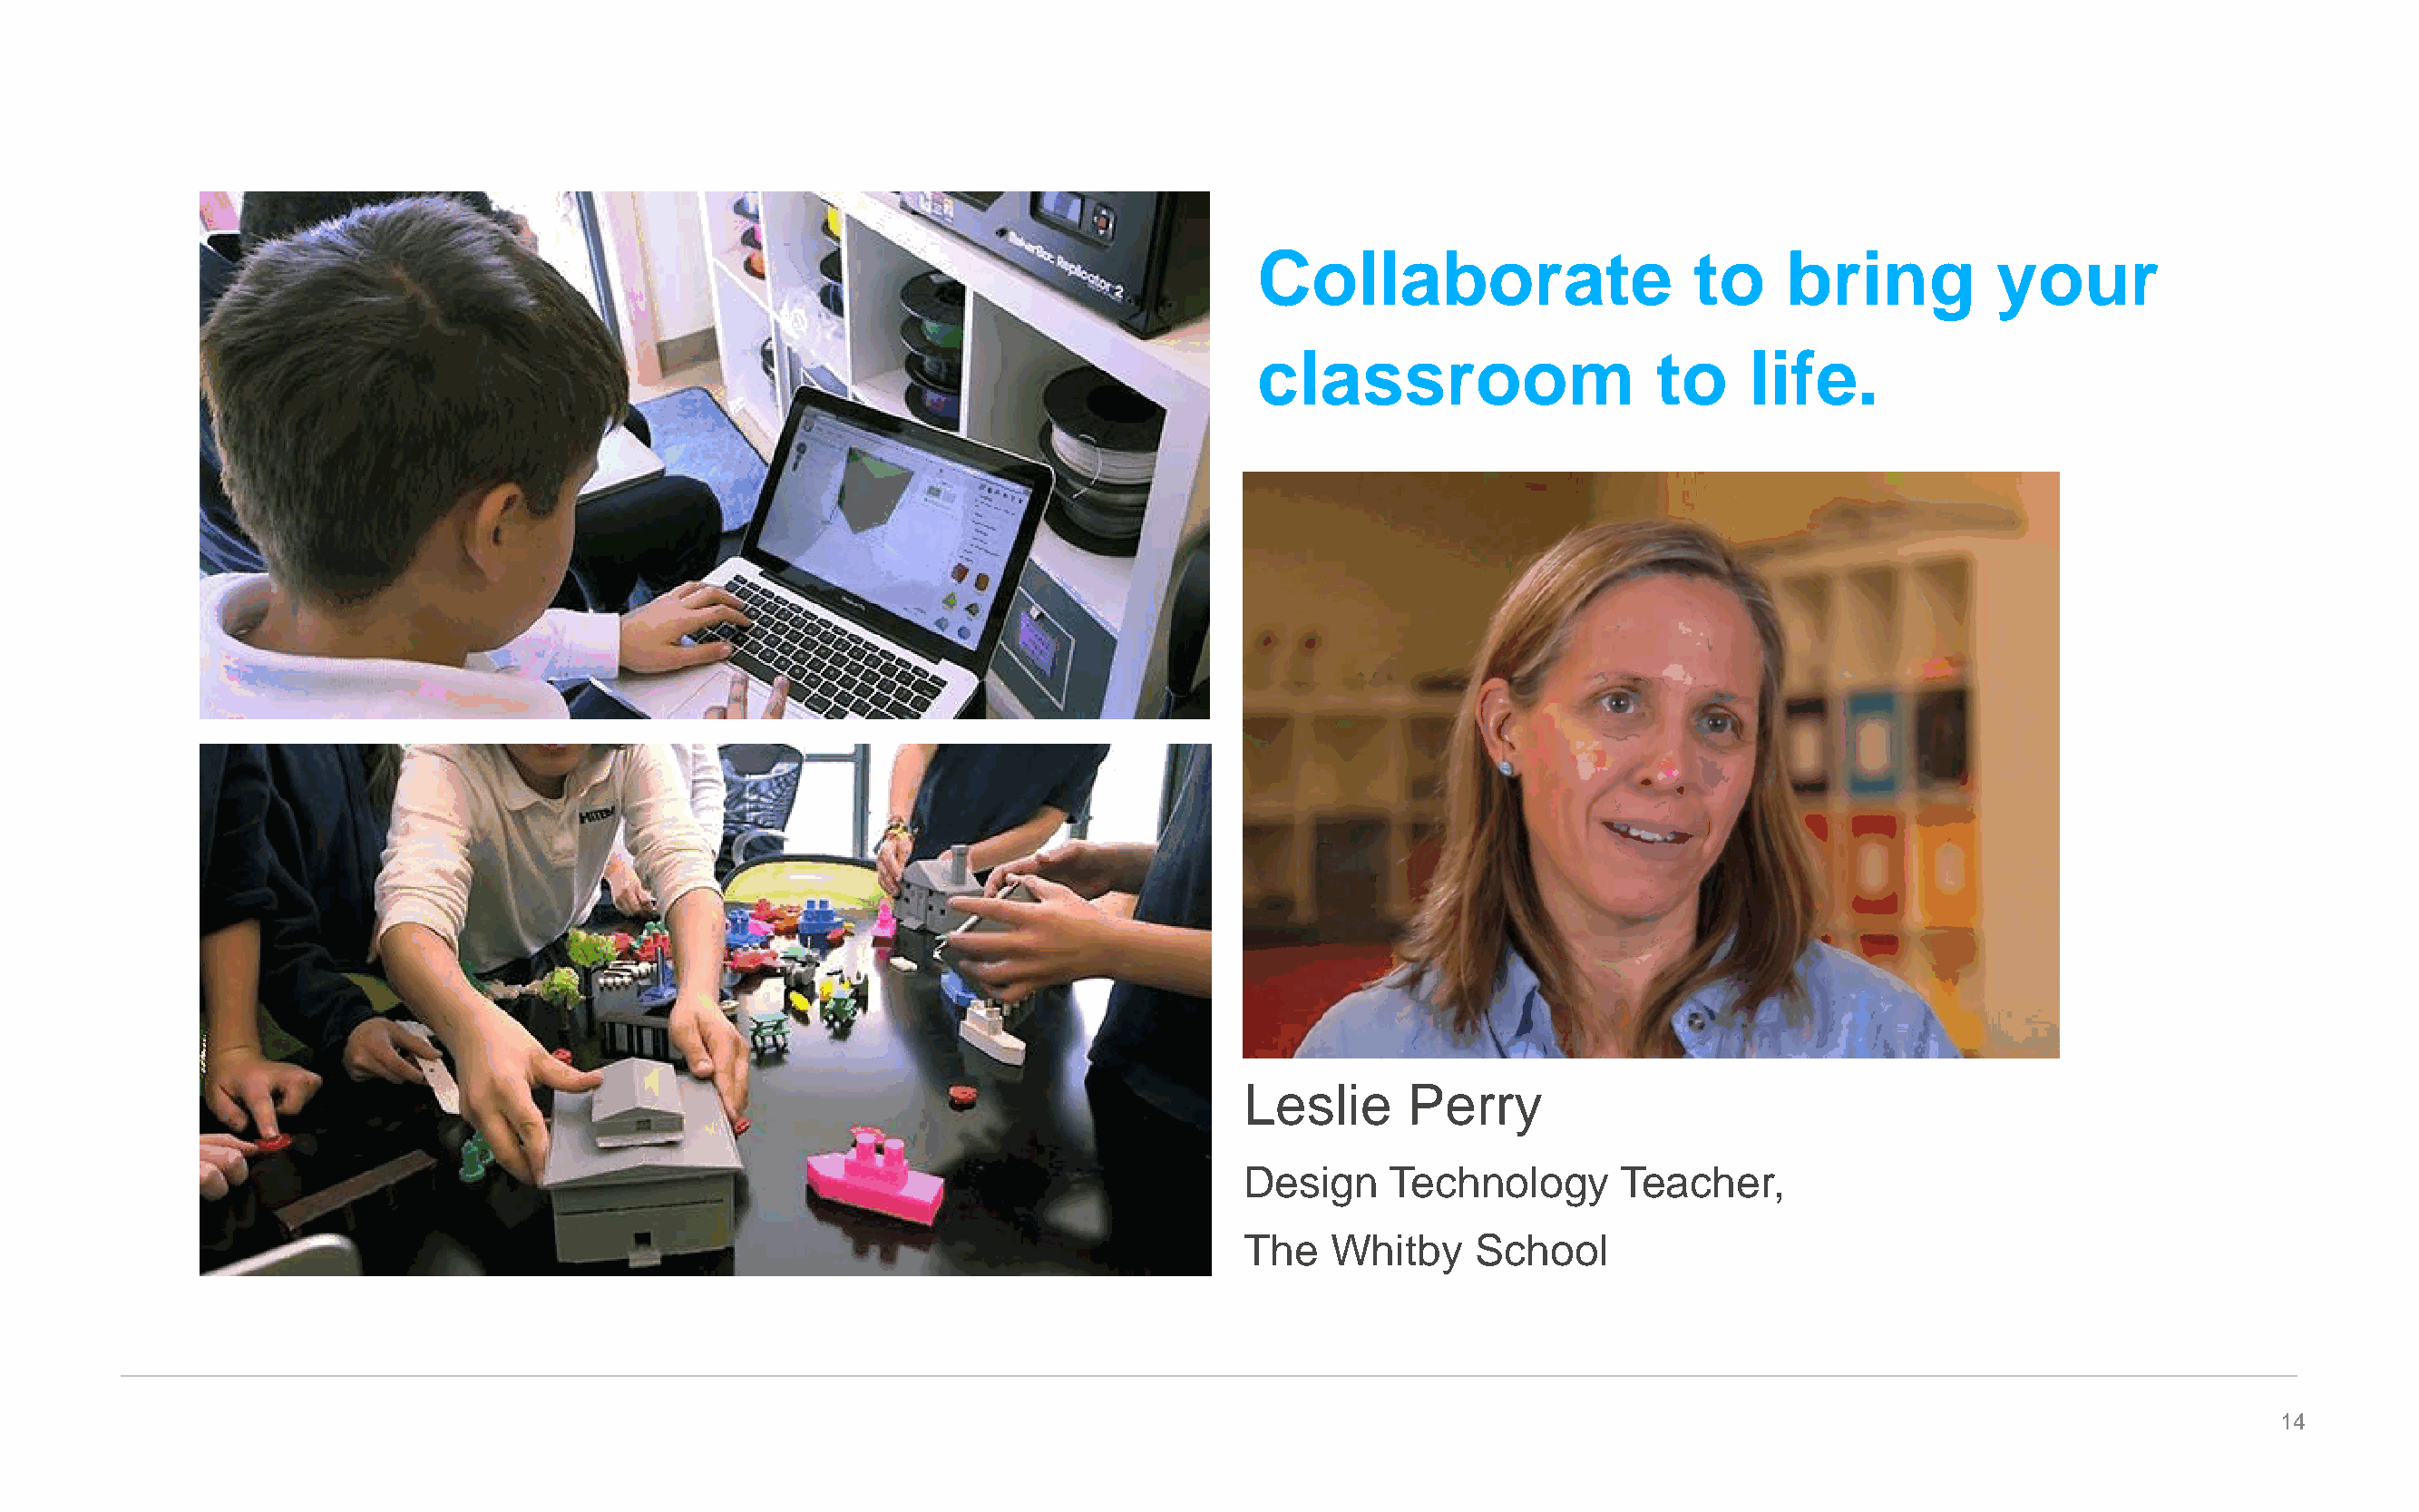
Collaborate                     to    bring           your
 classroom                    to     life.
 Leslie      Perry
 Design    Technology       Teacher,
 The   Whitby     School
 14